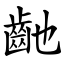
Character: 䶔